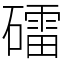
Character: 礌